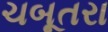
ચબૂતરા